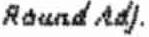
ROUND ADJ.